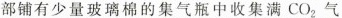
部铺有少量玻璃棉的集气瓶中收集满CO_{2}气